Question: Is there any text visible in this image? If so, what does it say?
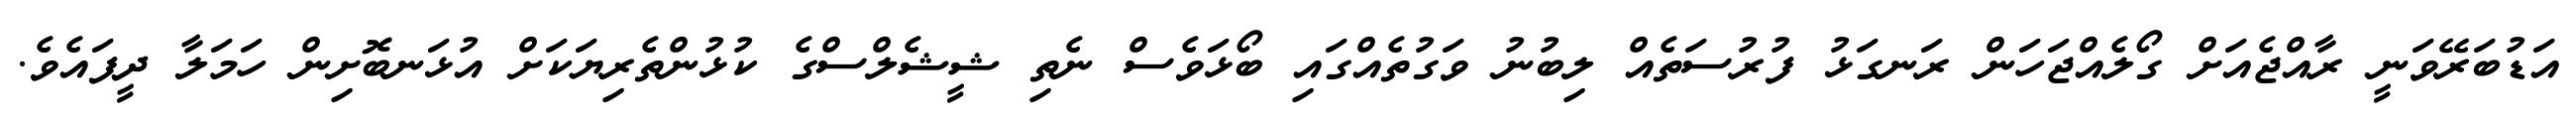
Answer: އަޑުބަރޭވަނީ ރާއްޖެއަށް ގޯލެއްޖަހަން ރަނގަޅު ފުރުސަތެއް ލިބުނު ވަގުތެއްގައި ބޯޅަވެސް ނެތި ޝީޝެލްސްގެ ކުޅުންތެރިޔަކަށް އުޅަނބޮށިން ހަމަލާ ދީފައެވެ.